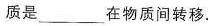
质是___在物质间转移.